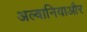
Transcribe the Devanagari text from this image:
अल्बानियाऔर